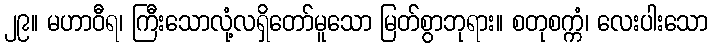
၂၉။ မဟာဝီရ၊ ကြီးသောလုံ့လရှိတော်မူသော မြတ်စွာဘုရား။ စတုစက္ကံ၊ လေးပါးသော